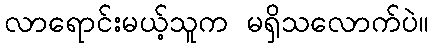
လာရောင်းမယ့်သူက မရှိသလောက်ပဲ။